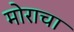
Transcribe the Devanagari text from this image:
मोराचा